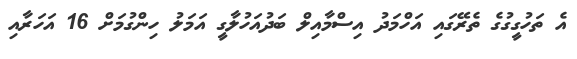
އެ ތަހުގީގުގެ ތެރޭގައި އަހްމަދު އިސްމާއިލް ބަދުއަހުލާގީ އަމަލު ހިންގުމަށް 16 އަހަރާއި